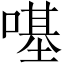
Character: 𠼻